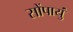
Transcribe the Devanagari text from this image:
सोंपायुं